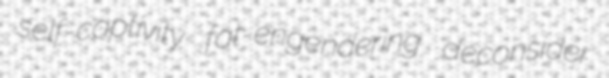
self-captivity fat-engendering deconsider